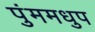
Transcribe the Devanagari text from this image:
पुंममधुप